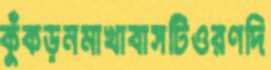
কুঁকড়নমাখাবাসটিওরণদি